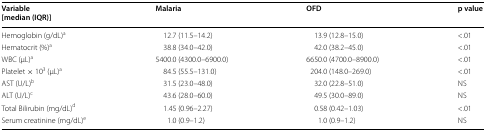
<table><thead><tr><td><b>Variable [median (IQR)]</b></td><td><b>Malaria</b></td><td><b>OFD</b></td><td><b>p value</b></td></tr></thead><tbody><tr><td>Hemoglobin (g/dL)<sup>a</sup></td><td>12.7 (11.5–14.2)</td><td>13.9 (12.8–15.0)</td><td>&lt;.01</td></tr><tr><td>Hematocrit (%)<sup>a</sup></td><td>38.8 (34.0–42.0)</td><td>42.0 (38.2–45.0)</td><td>&lt;.01</td></tr><tr><td>WBC (μL)<sup>a</sup></td><td>5400.0 (4300.0–6900.0)</td><td>6650.0 (4700.0–8900.0)</td><td>&lt;.01</td></tr><tr><td>Platelet × 10<sup>3</sup> (μL)<sup>a</sup></td><td>84.5 (55.5–131.0)</td><td>204.0 (148.0–269.0)</td><td>&lt;.01</td></tr><tr><td>AST (U/L)<sup>b</sup></td><td>31.5 (23.0–48.0)</td><td>32.0 (22.8–51.0)</td><td>NS</td></tr><tr><td>ALT (U/L)<sup>c</sup></td><td>43.6 (28.0–60.0)</td><td>49.5 (30.0–89.0)</td><td>NS</td></tr><tr><td>Total Bilirubin (mg/dL)<sup>d</sup></td><td>1.45 (0.96–2.27)</td><td>0.58 (0.42–1.03)</td><td>&lt;.01</td></tr><tr><td>Serum creatinine (mg/dL)<sup>e</sup></td><td>1.0 (0.9–1.2)</td><td>1.0 (0.9–1.2)</td><td>NS</td></tr></tbody></table>